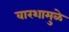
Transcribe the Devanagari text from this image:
वारशामुळे